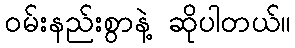
ဝမ်းနည်းစွာနဲ့ ဆိုပါတယ်။